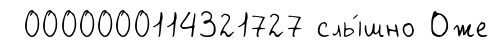
0000000114321727 слы́шно Оже